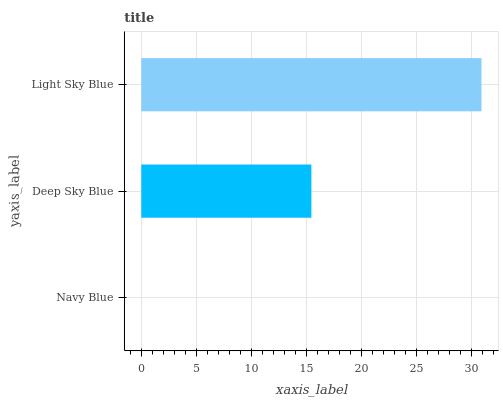
| yaxis_label | bars |
 | --- | --- |
 | Navy Blue | 0 |
 | Deep Sky Blue | 15.5 |
 | Light Sky Blue | 30.9 |